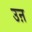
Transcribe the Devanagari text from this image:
उऩ